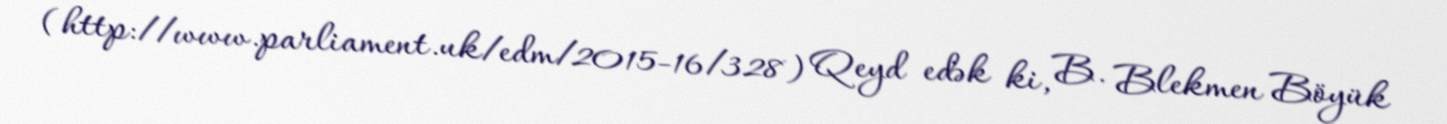
(http://www.parliament.uk/edm/2015-16/328) Qeyd edək ki, B. Blekmen Böyük